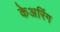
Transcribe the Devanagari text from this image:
केअरिंग